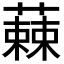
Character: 𮑾